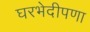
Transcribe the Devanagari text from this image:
घरभेदीपणा